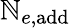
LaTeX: \mathbb{N}_{e,\mathrm{{add}}}